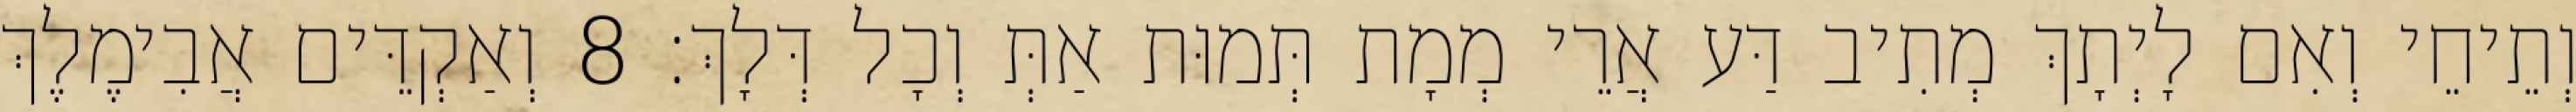
וְתֵיחֵי וְאִם לָיְתָךְ מְתִיב דַּע אֲרֵי מְמָת תְּמוּת אַתְּ וְכָל דְּלָךְ׃ 8 וְאַקְדֵּים אֲבִימֶלֶךְ